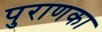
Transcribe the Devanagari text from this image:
पुराणका